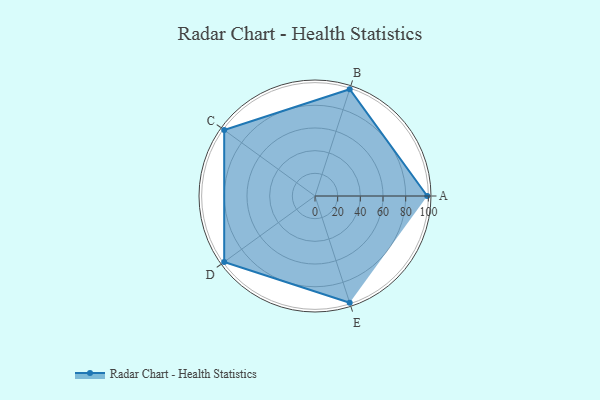
{"axis": {"x": "Skill", "y": "Score"}, "legend": ["Profile"], "data": [{"x": "A", "y": 99, "type": "Profile"}, {"x": "B", "y": 99, "type": "Profile"}, {"x": "C", "y": 99, "type": "Profile"}, {"x": "D", "y": 99, "type": "Profile"}, {"x": "E", "y": 99, "type": "Profile"}]}